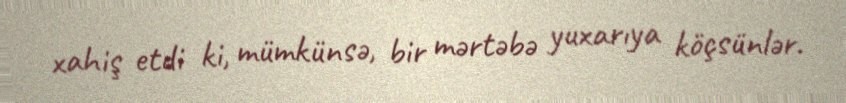
xahiş etdi ki, mümkünsə, bir mərtəbə yuxarıya köçsünlər.